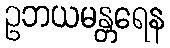
ဥဘယမန္တရေန